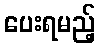
ပေးရမည့်